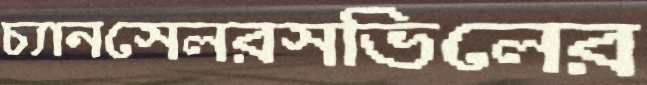
চ্যানসেলরসভিলের